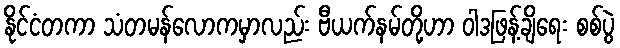
နိုင်ငံတကာ သံတမန်လောကမှာလည်း ဗီယက်နမ်တို့ဟာ ဝါဒဖြန့်ချိရေး စစ်ပွဲ